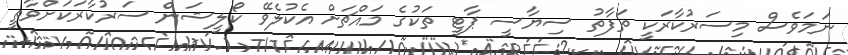
ނަމަވެސް މިސަރުކާރަކީ ތަފާތު ސިޔާސީ ޕާޓީ ތަކުގެ މައްޗަށް އެކުލެވޭ ކޯލީޝަން ސަރުކާރަކަށްވާތީ